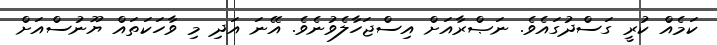
ކަމެއް ކުރީ ގަސްދުގައެވެ. ނަޞްރާއަށް އިސްޖަހާލެވުނެވެ. އޭނަ އަދި މި ވާހަކަތައް ޔޫނުސްއަށް